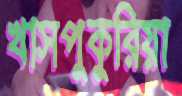
খাসপুকুরিয়া